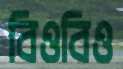
বিওবিও